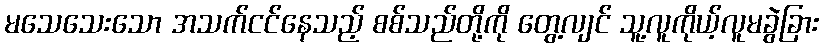
မသေသေးသော အသက်ငင်နေသည့် စစ်သည်တို့ကို တွေ့လျင် သူ့လူကိုယ့်လူမခွဲခြား